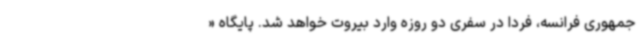
جمهوری فرانسه، فردا در سفری دو روزه وارد بیروت خواهد شد. پایگاه «